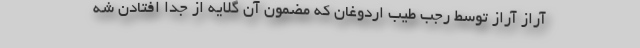
آراز آراز توسط رجب طیب اردوغان که مضمون آن گلایه از جدا افتادن شه